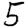
Digit: 5